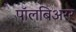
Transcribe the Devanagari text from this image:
पॉलबिअरर